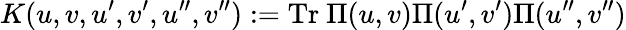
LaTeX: K(u,v,u^{\prime},v^{\prime},u^{\prime\prime},v^{\prime\prime}):=\mathrm{Tr}~\Pi(u,v)\Pi(u^{\prime},v^{\prime})\Pi(u^{\prime\prime},v^{\prime\prime})